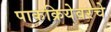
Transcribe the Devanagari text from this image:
पाकक्रियेवरचे